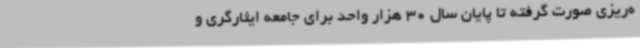
ه‌ریزی صورت گرفته تا پایان سال 30 هزار واحد برای جامعه ایثارگری و